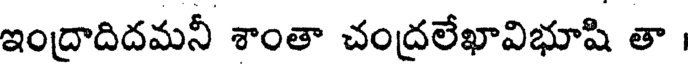
ఇంద్రాదిదమనీ శాంతా చంద్రలేఖావిభూషి తా